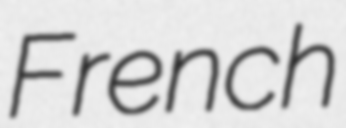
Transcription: French